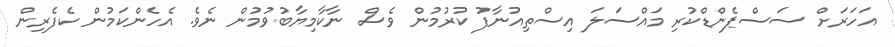
އަހަރަށް ސަސްޕެންޑްކުރި މައްސަލަ އިސްތިއުނާފު ކުރުމުން ވެސް ނާކާމިޔާބުވުމުން ނެވެ. އެހެންކަމުން ކެފެރިން